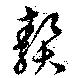
贅